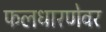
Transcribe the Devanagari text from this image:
फलधारणेवर